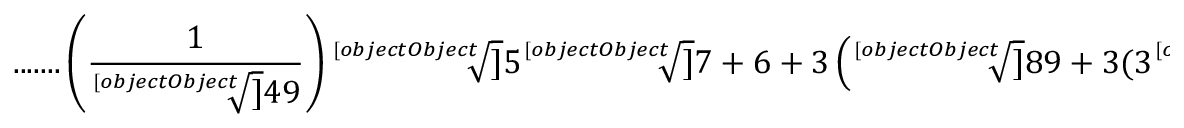
{ \mathrm { . . . . . . . } } \left( { \frac { 1 } { \sqrt [ [object Object] ] { 4 9 } } } \right) { \sqrt [ [object Object] ] { 5 { \sqrt [ [object Object] ] { 7 } } + 6 + 3 \left( { \sqrt [ [object Object] ] { 8 9 + 3 ( 3 { \sqrt [ [object Object] ] { 4 9 } } + 5 { \sqrt [ [object Object] ] { 7 } } ) } } + { \sqrt [ [object Object] ] { 2 5 + 3 ( 3 { \sqrt [ [object Object] ] { 4 9 } } + 5 { \sqrt [ [object Object] ] { 7 } } ) } } \right) } }